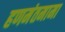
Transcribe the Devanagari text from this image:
हणमंतमामा